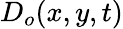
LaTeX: D_{o}(x,y,t)